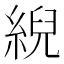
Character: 䋩